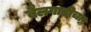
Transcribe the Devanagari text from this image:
बैलगाडीचा